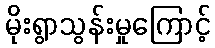
မိုးရွာသွန်းမှုကြောင့်